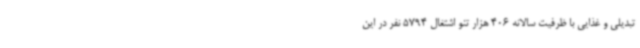
تبدیلی و غذایی با ظرفیت سالانه 406 هزار تنو اشتغال 5794 نفر در این